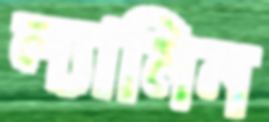
ল্যামিন